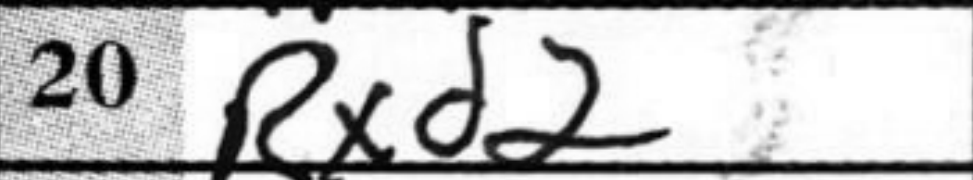
Transcription: Rxd2